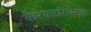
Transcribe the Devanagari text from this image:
कैरैक्टरिस्टिक